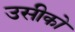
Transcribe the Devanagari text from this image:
उसीको